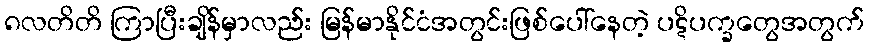
၈လတိတိ ကြာပြီးချိန်မှာလည်း မြန်မာနိုင်ငံအတွင်းဖြစ်ပေါ်နေတဲ့ ပဋိပက္ခတွေအတွက်